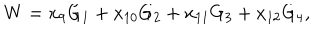
W = x _ { 9 } G _ { 1 } + x _ { 1 0 } G _ { 2 } + x _ { 1 1 } G _ { 3 } + x _ { 1 2 } G _ { 4 } ,